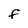
Character: F